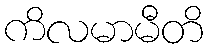
ကိလမာမီတိ